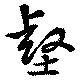
壑